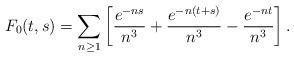
LaTeX: \begin{align*}F_0(t,s)= \sum_{n\geq 1} \left[{e^{-ns}\over n^3}+{e^{-n(t+s)}\over n^3}-{e^{-nt}\over n^3}\right].\end{align*}